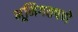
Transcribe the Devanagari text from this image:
भूमिगतपणे